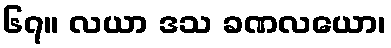
၆၇။ လယာ ဒသ ခဏလယော၊